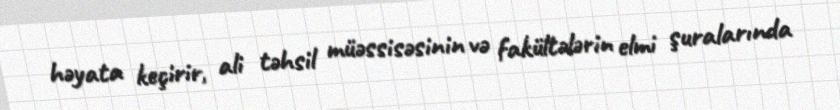
həyata keçirir, ali təhsil müəssisəsinin və fakültələrin elmi şuralarında